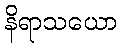
နိရာသယော